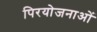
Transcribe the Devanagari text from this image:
पिरयोजनाओं